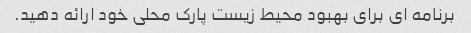
برنامه ای برای بهبود محیط زیست پارک محلی خود ارائه دهید.